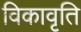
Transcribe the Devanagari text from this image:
विकावृति